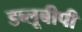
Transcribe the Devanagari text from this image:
डब्लूबीपी